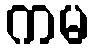
ကမ